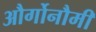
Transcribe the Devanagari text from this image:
और्गोनौमी